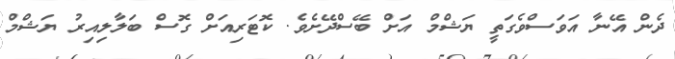
ދެން އޭނާ އަވަސްވެގަތީ ޔަޝްމް އަށް ބޭސްދޭށެވެ. ކޮޓަރިއަށް ގޮސް ބަލާލިއިރު ޔަޝްމް